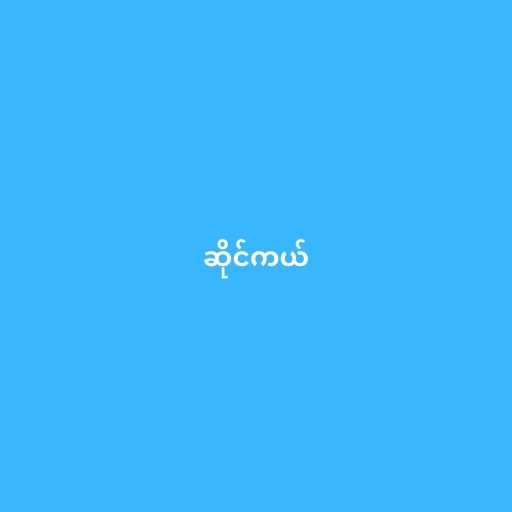
ဆိုင်ကယ်